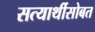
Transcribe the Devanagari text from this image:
सत्यार्थीसोबत